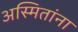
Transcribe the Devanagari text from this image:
अस्मितांना